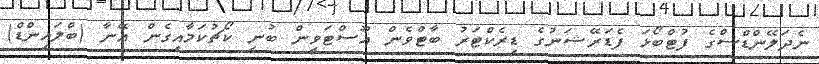
ނެދަލޭންޑްސްގެ ފުޓްބޯޅަ ފެޑަރޭޝަނުގެ ޑިރެކްޓަރު ބާޓްވެން އޫސްޓަވީން ބުނީ ކޯޗުކަމާއިގެން އޭނާ (ބްލައިންޑް)